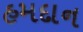
હમદાન